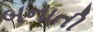
બનાતી